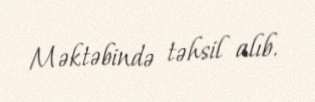
Məktəbində təhsil alıb.